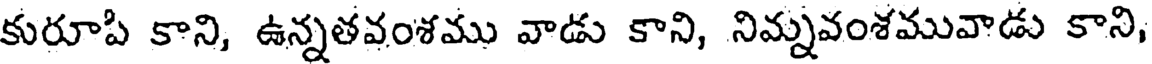
కురూపి కాని, ఉన్నతవంశము వాడు కాని, నిమ్నవంశమువాడు కాని